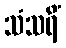
သံသရိံ